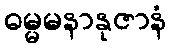
ဓမ္မမနာနုဇာနံ